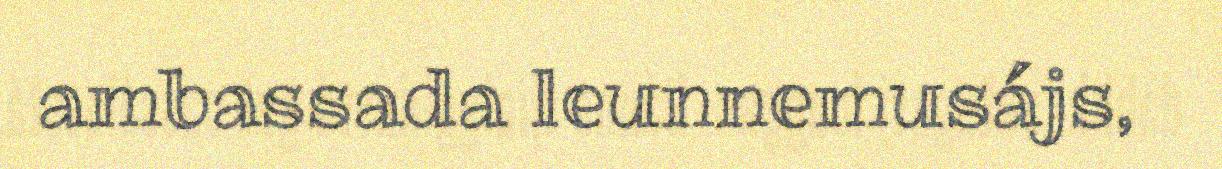
ambassada leunnemusájs,